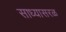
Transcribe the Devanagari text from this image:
साध्यासरळ